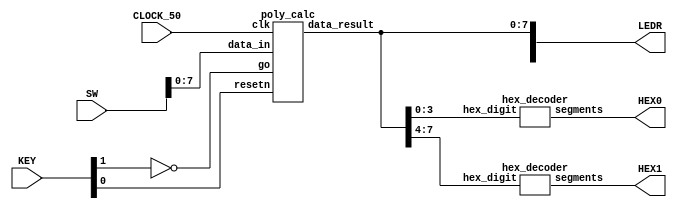
`timescale 1ns / 1ns // `timescale time_unit/time_precision

/* top-level entity for polynomial calculator */
module fpga_top (input [9:0] SW, input [3:0] KEY, input CLOCK_50, 
					output [9:0] LEDR, output [6:0] HEX0, HEX1);

				wire resetn;
				wire go;
				wire [7:0] data_result;
				
				/* 
				 * Sw[7:0] is data_in
				 * KEY[0] synchronous reset when pressed
				 * KEY[1] is go signal
				 * LEDR displays result
				 * HEX0 and HEX1 also display result
				*/
				
				assign go = ~KEY[1];
				assign resetn = KEY[0];
				assign LEDR[7:0] = data_result;

				poly_calc u0 (.clk(CLOCK_50), .resetn(resetn), .go(go), .data_in(SW[7:0]),
							.data_result(data_result));
				hex_decoder H0 (.hex_digit(data_result[3:0]), .segments(HEX0));
				hex_decoder H1 (.hex_digit(data_result[7:4]), .segments(HEX1));

endmodule // fpga_top

/* polynomial calculator */
module poly_calc (input clk, resetn, go, input [7:0] data_in, 
						output [7:0] data_result);

				// wires to connect datapath and control
				wire ld_a, ld_b, ld_c, ld_x, ld_r;
				wire ld_alu_out;
				wire [1:0]  alu_select_a, alu_select_b;
				wire alu_op;

				control C0 (.clk(clk), .resetn(resetn), .go(go), .ld_alu_out(ld_alu_out), 
								.ld_x(ld_x), .ld_a(ld_a), .ld_b(ld_b), .ld_c(ld_c), 
								.ld_r(ld_r), .alu_select_a(alu_select_a), 
								.alu_select_b(alu_select_b), .alu_op(alu_op));
								
				datapath D0 (.clk(clk), .resetn(resetn), .ld_alu_out(ld_alu_out), 
								.ld_x(ld_x), .ld_a(ld_a), .ld_b(ld_b), .ld_c(ld_c), 
								.ld_r(ld_r), .alu_select_a(alu_select_a), 
								.alu_select_b(alu_select_b), .alu_op(alu_op),
								.data_in(data_in), .data_result(data_result));
                
endmodule // poly_calc
                
/* controls registers and state transition */
module control (input clk, resetn, go, output reg  ld_a, ld_b, ld_c, ld_x, 
					ld_r, ld_alu_out, output reg [1:0]  alu_select_a, alu_select_b,
					output reg alu_op);

				reg [5:0] current_state, next_state; 
				localparam  S_LOAD_A 		 = 5'd0,
								S_LOAD_A_WAIT   = 5'd1,
								S_LOAD_B        = 5'd2,
								S_LOAD_B_WAIT   = 5'd3,
								S_LOAD_C        = 5'd4,
								S_LOAD_C_WAIT   = 5'd5,
								S_LOAD_X        = 5'd6,
								S_LOAD_X_WAIT   = 5'd7,
								S_CYCLE_0       = 5'd8,
								S_CYCLE_1       = 5'd9,
								S_CYCLE_2       = 5'd10,
								S_CYCLE_3       = 5'd11;
				// state table
				always @(*)
				begin

				case (current_state)
					// loop in current state until value is input
					S_LOAD_A: next_state = go ? S_LOAD_A_WAIT : S_LOAD_A;
					// loop in current state until go signal goes low
					S_LOAD_A_WAIT: next_state = go ? S_LOAD_A_WAIT : S_LOAD_B;
					// loop in current state until value is input
					S_LOAD_B: next_state = go ? S_LOAD_B_WAIT : S_LOAD_B; 
					// loop in current state until go signal goes low
					S_LOAD_B_WAIT: next_state = go ? S_LOAD_B_WAIT : S_LOAD_C;
					// loop in current state until value is input
					S_LOAD_C: next_state = go ? S_LOAD_C_WAIT : S_LOAD_C; 
					// loop in current state until go signal goes low
					S_LOAD_C_WAIT: next_state = go ? S_LOAD_C_WAIT : S_LOAD_X;
					// loop in current state until value is input
					S_LOAD_X: next_state = go ? S_LOAD_X_WAIT : S_LOAD_X; 
					// loop in current state until go signal goes low
					S_LOAD_X_WAIT: next_state = go ? S_LOAD_X_WAIT : S_CYCLE_0; 
					S_CYCLE_0: next_state = S_CYCLE_1;
					S_CYCLE_1: next_state = S_CYCLE_2;
					S_CYCLE_2: next_state = S_CYCLE_3;
					// start over after
					S_CYCLE_3: next_state = S_LOAD_A; 
					default: next_state = S_LOAD_A;
				endcase

				end // state_table
   

				// output logic for datapath control signals
				always @(*)
				begin
				// all signals are 0 by default, to avoid latches.

					ld_alu_out = 1'b0;
					ld_a = 1'b0;
					ld_b = 1'b0;
					ld_c = 1'b0;
					ld_x = 1'b0;
					ld_r = 1'b0;
					alu_select_a = 2'b0;
					alu_select_b = 2'b0;
					alu_op       = 1'b0;

					case (current_state)
						S_LOAD_A: begin
										ld_a = 1'b1;
									 end
						S_LOAD_B: begin
										ld_b = 1'b1;
									 end
						S_LOAD_C: begin
										ld_c = 1'b1;
									 end
						S_LOAD_X: begin
										ld_x = 1'b1;
									 end
						S_CYCLE_0: begin // do B <- B * x 
										ld_alu_out = 1'b1; ld_b = 1'b1; // store result back into B
										alu_select_a = 2'd1; // select register B
										alu_select_b = 2'd3; // also select register x
										alu_op = 1'b1; // do multiply operation
									  end
						S_CYCLE_1: begin // do A <- A + B
										ld_alu_out = 1'b1; ld_a = 1'b1; // store result back into A
										alu_select_a = 2'd0; // select register A
										alu_select_b = 2'd1; // also select register B
										alu_op = 1'b0; // do addition operation
									  end
						S_CYCLE_2: begin // do A <- A * x
										ld_alu_out = 1'b1; ld_a = 1'b1; // store result back into A
										alu_select_a = 2'd0; // select register A
										alu_select_b = 2'd3; // also select register x
										alu_op = 1'b1; // do multiply operation
									  end
						S_CYCLE_3: begin // do A + C
										ld_r = 1'b1; // store result in result register
										alu_select_a = 2'd0; // select register A
										alu_select_b = 2'd2; // select register C
										alu_op = 1'b0; // do addition operation
									  end
						// no default needed; all of our outputs were assigned a value
					endcase		 
				
				end // enable_signals

				// current_state registers
				always @(posedge clk)
				begin
					if(!resetn)
						current_state <= S_LOAD_A;
					else
						current_state <= next_state;
				end // state_FFS
				
endmodule // control

module datapath (input clk, resetn, ld_x, ld_a, ld_b, ld_c,
					ld_r, alu_op, ld_alu_out, input [7:0] data_in, 
					input [1:0] alu_select_a, alu_select_b,
					output reg [7:0] data_result);
    
				reg [7:0] a, b, c, x; // input registers
				reg [7:0] alu_out; // output of the alu
				reg [7:0] alu_a, alu_b; // alu input muxes

				// registers a, b, c, x with respective input logic
				always@(posedge clk) begin
				  
				  if(!resetn) 
				  begin
						a <= 8'b0; 
						b <= 8'b0; 
						c <= 8'b0; 
						x <= 8'b0; 
				  end
				  
				  else 
				  begin
						// load alu_out if load_alu_out signal is high, otherwise load from data_in
						if(ld_a)
							 a <= ld_alu_out ? alu_out : data_in;
						// load alu_out if load_alu_out signal is high, otherwise load from data_in
						if(ld_b)
							 b <= ld_alu_out ? alu_out : data_in;
						if(ld_x)
							 x <= data_in;
						if(ld_c)
							 c <= data_in;
				  end
				end

				// output result register
				always@(posedge clk) begin
				  if(!resetn) begin
						data_result <= 8'b0; 
				  end
				  else 
						if(ld_r)
							 data_result <= alu_out;
				end

				// the ALU input multiplexers
				always @(*)
				begin
				  case (alu_select_a)
						2'd0:
							 alu_a = a;
						2'd1:
							 alu_a = b;
						2'd2:
							 alu_a = c;
						2'd3:
							 alu_a = x;
						default: alu_a = 8'b0;
				  endcase

				  case (alu_select_b)
						2'd0:
							 alu_b = a;
						2'd1:
							 alu_b = b;
						2'd2:
							 alu_b = c;
						2'd3:
							 alu_b = x;
						default: alu_b = 8'b0;
				  endcase
				end

				// ALU 
				always @(*)
				begin : ALU
				  case (alu_op)
						// performs addition
						0: begin
								 alu_out = alu_a + alu_b; 
							end
						// performs multiplication
						1: begin
								 alu_out = alu_a * alu_b;
							end
						default: alu_out = 8'b0;
				  endcase
				end
    
endmodule // datapath

/* bcd to hex for seven-segment display */
module hex_decoder(input [3:0] hex_digit, output reg [6:0] segments);
    
				always @(*)
				begin
				
					case (hex_digit)
						4'h0: segments = 7'b100_0000;
						4'h1: segments = 7'b111_1001;
						4'h2: segments = 7'b010_0100;
						4'h3: segments = 7'b011_0000;
						4'h4: segments = 7'b001_1001;
						4'h5: segments = 7'b001_0010;
						4'h6: segments = 7'b000_0010;
						4'h7: segments = 7'b111_1000;
						4'h8: segments = 7'b000_0000;
						4'h9: segments = 7'b001_1000;
						4'hA: segments = 7'b000_1000;
						4'hB: segments = 7'b000_0011;
						4'hC: segments = 7'b100_0110;
						4'hD: segments = 7'b010_0001;
						4'hE: segments = 7'b000_0110;
						4'hF: segments = 7'b000_1110;   
						default: segments = 7'h7f;
					endcase
				
				end
		  
endmodule // hex_decoder